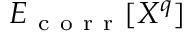
E _ { \mathrm { ~ c ~ o ~ r ~ r ~ } } [ X ^ { q } ]